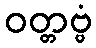
ဝတ္တဗ္ဗံ